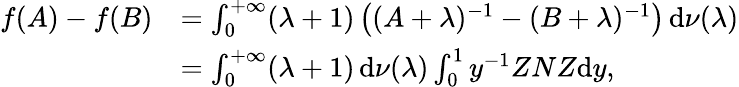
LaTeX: \begin{array}{rl}{f(A)-f(B)}&{=\int_{0}^{+\infty}(\lambda+1)\left((A+\lambda)^{-1}-(B+\lambda)^{-1}\right)\, \mathrm{d}\nu(\lambda)}\\ &{=\int_{0}^{+\infty}(\lambda+1)\, \mathrm{d}\nu(\lambda)\int_{0}^{1}y^{-1}ZNZ\mathrm{d}y,}\end{array}